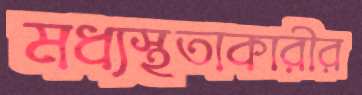
মধ্যস্থতাকারীর